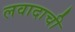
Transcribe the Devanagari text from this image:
लवादाची